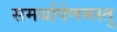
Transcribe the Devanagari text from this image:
समर्थार्पणमस्तु